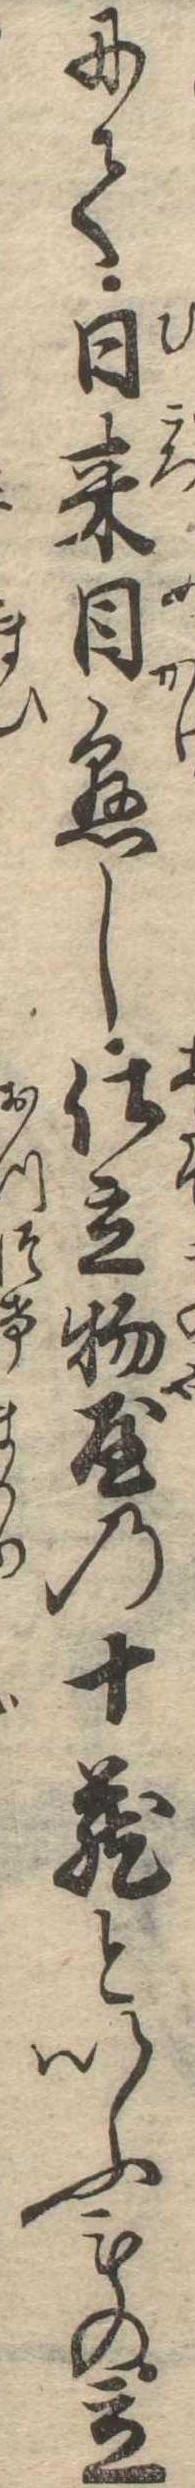
にて日来目懸し仕立物屋の十蔵といふもの立